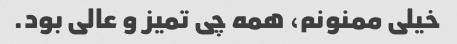
خیلی ممنونم، همه چی تمیز و عالی بود.